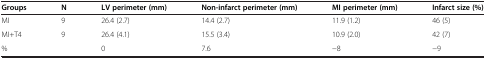
| Groups | N | LV perimeter (mm) | Non-infarct perimeter (mm) | MI perimeter (mm) | Infarct size (%) |
 | --- | --- | --- | --- | --- | --- |
 | MI | 9 | 26.4 (2.7) | 14.4 (2.7) | 11.9 (1.2) | 46 (5) |
 | MI+T4 | 9 | 26.4 (4.1) | 15.5 (3.4) | 10.9 (2.0) | 42 (7) |
 | % |  | 0 | 7.6 | −8 | −9 |